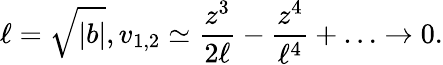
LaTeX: \ell=\sqrt{|b|},v_{1,2}\simeq\frac{z^{3}}{2\ell}-\frac{z^{4}}{\ell^{4}}+\ldots\rightarrow 0.